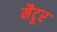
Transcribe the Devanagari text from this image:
मैटूर